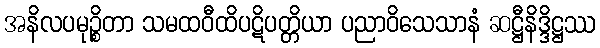
အနိလပမုဉ္စိတာ သမထဝီထိပဋိပတ္တိယာ ပညာဝိသေသာနံ ဆဋ္ဌီနိဒ္ဒိဋ္ဌဿ